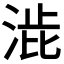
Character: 𭰱